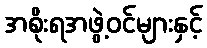
အစိုးရအဖွဲ့ဝင်များနှင့်